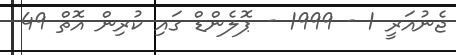
ޖެނުއަރީ 1 - 1999 - ޕޮލެންޑް ގައި ކުރިން އޮތް 49